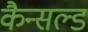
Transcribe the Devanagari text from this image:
कैन्सल्ड